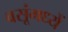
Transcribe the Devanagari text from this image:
वसूंमध्यें